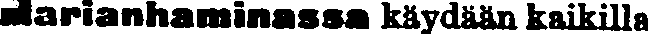
Marianhaminassa käydään kaikilla